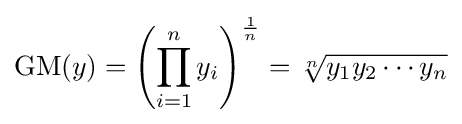
\operatorname {GM} (y)=\left(\prod _{i=1}^{n}y_{i}\right)^{\frac {1}{n}}={\sqrt[{n}]{y_{1}y_{2}\cdots y_{n}}}